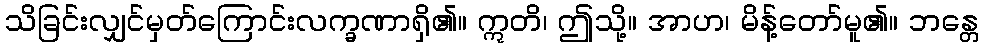
သိခြင်းလျှင်မှတ်ကြောင်းလက္ခဏာရှိ၏။ ဣတိ၊ ဤသို့။ အာဟ၊ မိန့်တော်မူ၏။ ဘန္တေ